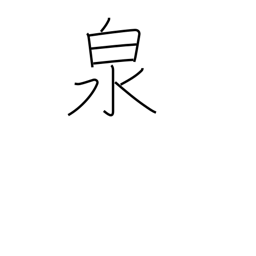
Meaning: fountain